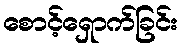
စောင့်ရှောက်ခြင်း